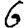
Digit: 6